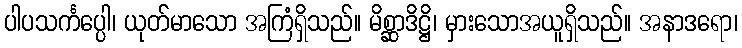
ပါပသင်္ကပ္ပေါ၊ ယုတ်မာသော အကြံရှိသည်။ မိစ္ဆာဒိဋ္ဌိ၊ မှားသောအယူရှိသည်။ အနာဒရော၊